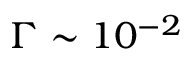
\Gamma \sim 1 0 ^ { - 2 }